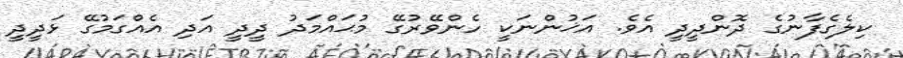
ކިލެގެފާނުގެ ދޮންދީދީ އެވެ. އަޚުންނަކީ ހެންވޭރުގޭ މުޙައްމަދު ދީދީ އަދި އެއްގަމުގޭ ޅަދީދީ